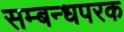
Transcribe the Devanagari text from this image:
सम्बन्धपरक